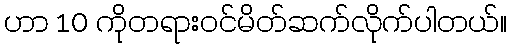
ဟာ 10 ကိုတရားဝင်မိတ်ဆက်လိုက်ပါတယ်။